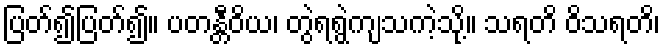
ပြတ်၍ပြတ်၍။ ပတန္တီဝိယ၊ တွဲရရွဲကျသကဲ့သို့။ သရတိ ဝိသရတိ၊